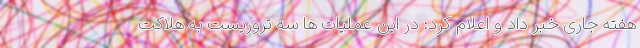
هفته جاری خبر داد و اعلام کرد: در این عملیات ها سه تروریست به هلاکت